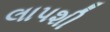
લાપશી